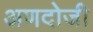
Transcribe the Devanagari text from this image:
अणदोजी